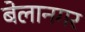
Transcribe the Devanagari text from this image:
बेलानगर